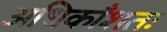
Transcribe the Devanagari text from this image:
अधिकाँशतः